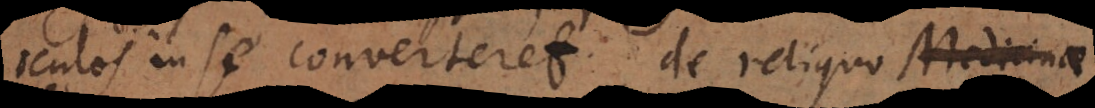
oculos in se converteret de reliquo Medicinae